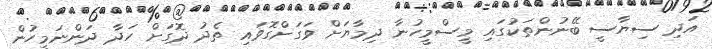
އަދި ސިޔާސީ ބޭނުންތަކުގައި މީސްމީހުނާ ދިމާޔަށް ވަގަށްގޮވައި ތެދު ދޮގަށް ހަދާ ދަންނަމީހުން